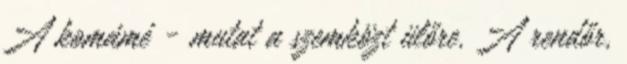
A komámé - mutat a szemközt ülőre. A rendőr,